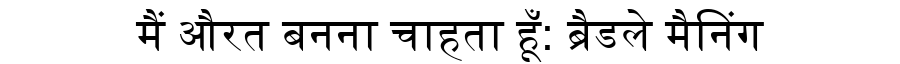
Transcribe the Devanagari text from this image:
मैं औरत बनना चाहता हूँ: ब्रैडले मैनिंग